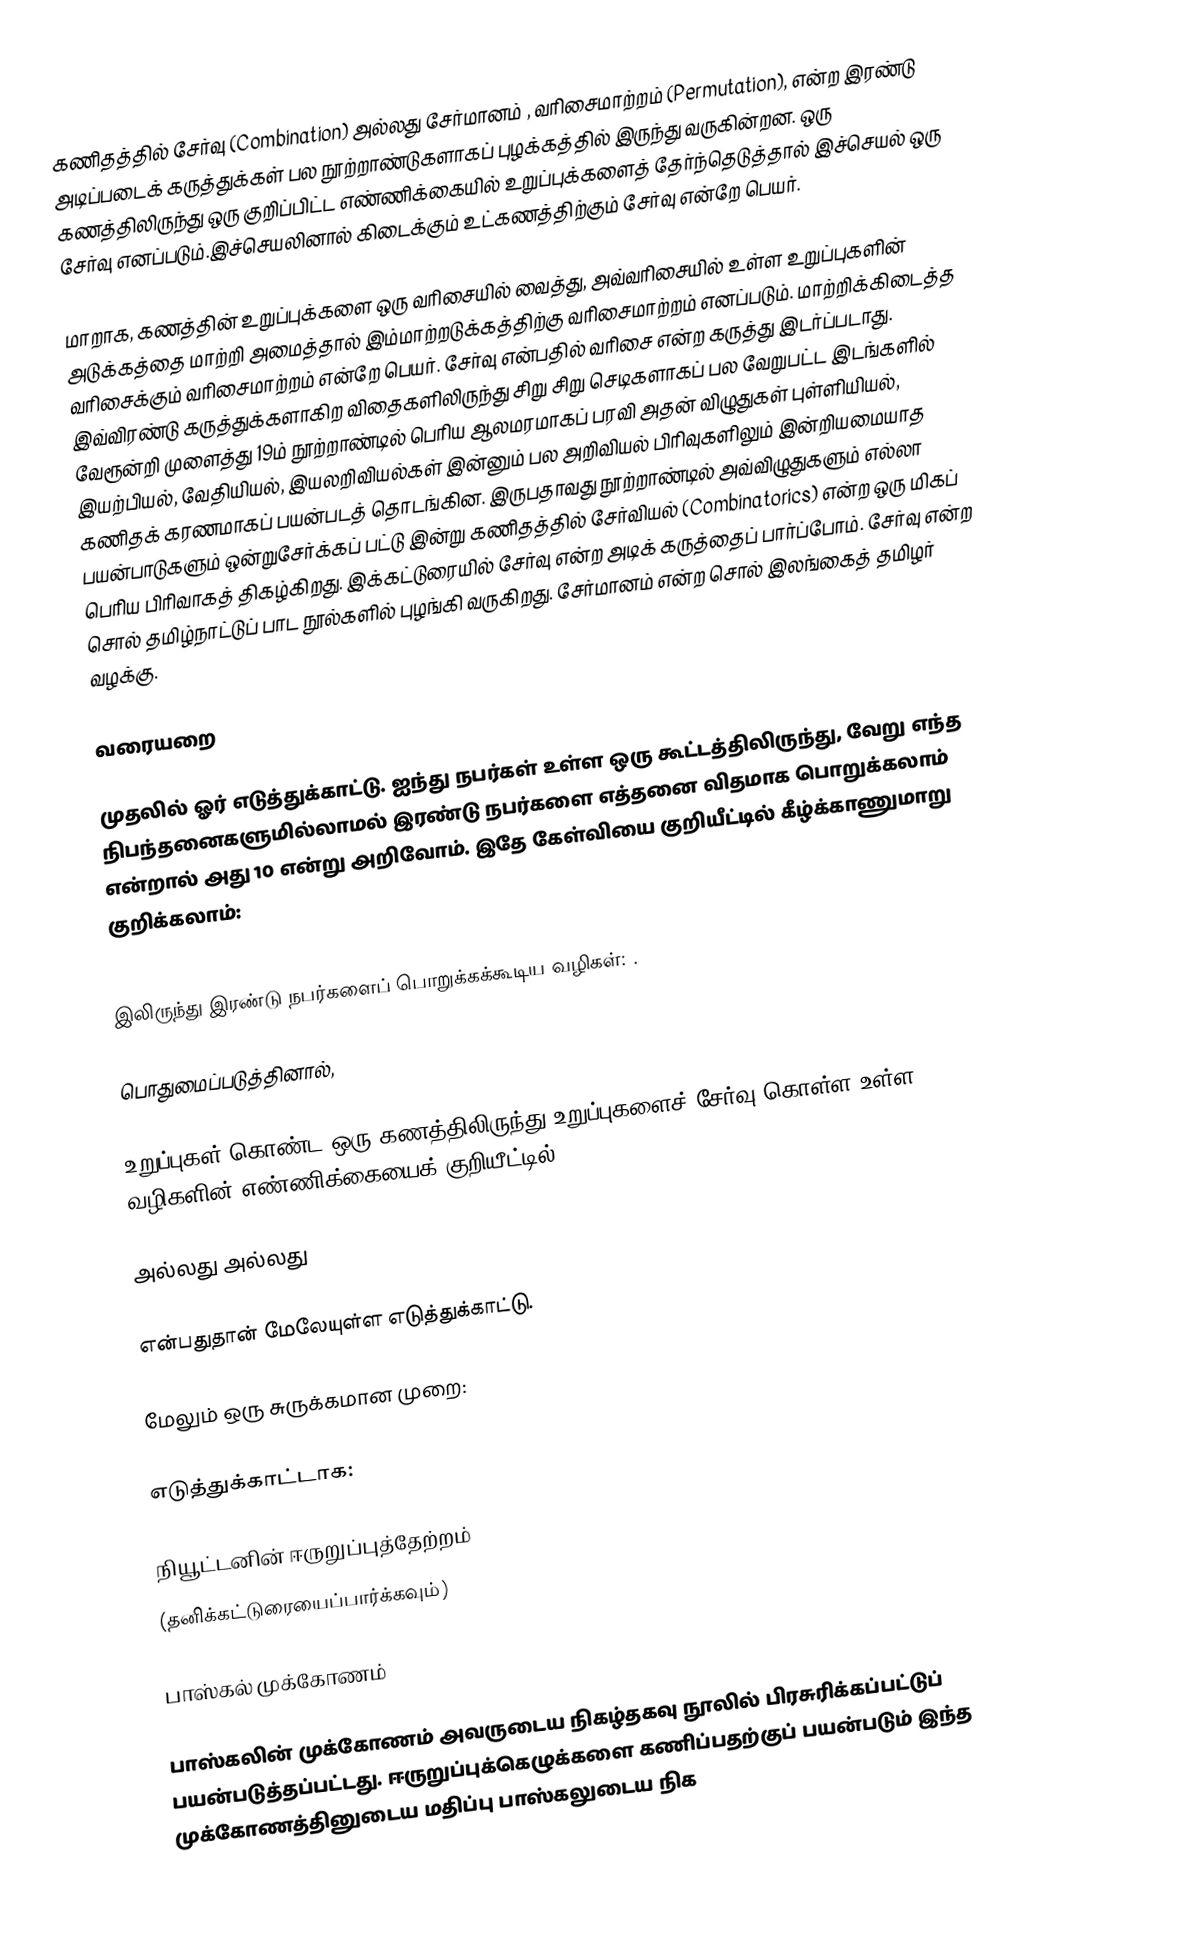
கணிதத்தில் சேர்வு (Combination) அல்லது சேர்மானம் , வரிசைமாற்றம் (Permutation), என்ற இரண்டு அடிப்படைக் கருத்துக்கள் பல நூற்றாண்டுகளாகப் புழக்கத்தில் இருந்து வருகின்றன. ஒரு கணத்திலிருந்து ஒரு குறிப்பிட்ட எண்ணிக்கையில் உறுப்புக்களைத் தேர்ந்தெடுத்தால் இச்செயல் ஒரு சேர்வு எனப்படும்.இச்செயலினால் கிடைக்கும் உட்கணத்திற்கும் சேர்வு என்றே பெயர்.

மாறாக, கணத்தின் உறுப்புக்களை ஒரு வரிசையில் வைத்து, அவ்வரிசையில் உள்ள உறுப்புகளின் அடுக்கத்தை மாற்றி அமைத்தால் இம்மாற்றடுக்கத்திற்கு வரிசைமாற்றம் எனப்படும். மாற்றிக்கிடைத்த வரிசைக்கும் வரிசைமாற்றம் என்றே பெயர். சேர்வு என்பதில் வரிசை என்ற கருத்து இடர்ப்படாது. இவ்விரண்டு கருத்துக்களாகிற விதைகளிலிருந்து சிறு சிறு செடிகளாகப் பல வேறுபட்ட இடங்களில் வேரூன்றி முளைத்து 19ம் நூற்றாண்டில் பெரிய ஆலமரமாகப் பரவி அதன் விழுதுகள் புள்ளியியல், இயற்பியல், வேதியியல், இயலறிவியல்கள் இன்னும் பல அறிவியல் பிரிவுகளிலும் இன்றியமையாத கணிதக் கரணமாகப் பயன்படத் தொடங்கின. இருபதாவது நூற்றாண்டில் அவ்விழுதுகளும் எல்லா பயன்பாடுகளும் ஒன்றுசேர்க்கப் பட்டு இன்று கணிதத்தில் சேர்வியல் (Combinatorics) என்ற ஒரு மிகப் பெரிய பிரிவாகத் திகழ்கிறது. இக்கட்டுரையில் சேர்வு என்ற அடிக் கருத்தைப் பார்ப்போம். சேர்வு என்ற சொல் தமிழ்நாட்டுப் பாட நூல்களில் புழங்கி வருகிறது. சேர்மானம் என்ற சொல் இலங்கைத் தமிழர் வழக்கு.

வரையறை

முதலில் ஓர் எடுத்துக்காட்டு. ஐந்து நபர்கள் உள்ள ஒரு கூட்டத்திலிருந்து, வேறு எந்த நிபந்தனைகளுமில்லாமல் இரண்டு நபர்களை எத்தனை விதமாக பொறுக்கலாம் என்றால் அது 10 என்று அறிவோம். இதே கேள்வியை குறியீட்டில் கீழ்க்காணுமாறு குறிக்கலாம்:

  இலிருந்து இரண்டு நபர்களைப் பொறுக்கக்கூடிய வழிகள்: .

பொதுமைப்படுத்தினால்,

 உறுப்புகள் கொண்ட ஒரு கணத்திலிருந்து  உறுப்புகளைச் சேர்வு கொள்ள உள்ள வழிகளின் எண்ணிக்கையைக் குறியீட்டில் :

  அல்லது  அல்லது

என்பதுதான் மேலேயுள்ள எடுத்துக்காட்டு.

மேலும் ஒரு சுருக்கமான முறை:

எடுத்துக்காட்டாக:

நியூட்டனின் ஈருறுப்புத்தேற்றம்
(தனிக்கட்டுரையைப்பார்க்கவும்)

பாஸ்கல் முக்கோணம்

பாஸ்கலின் முக்கோணம் அவருடைய நிகழ்தகவு நூலில் பிரசுரிக்கப்பட்டுப் பயன்படுத்தப்பட்டது. ஈருறுப்புக்கெழுக்களை கணிப்பதற்குப் பயன்படும் இந்த முக்கோணத்தினுடைய மதிப்பு பாஸ்கலுடைய நிக